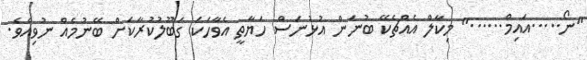
"ނޯ.....އައިމް......" މިކާލް އެއްޗެކޭ ބުނަން އުޅުނަސް ހަޔާތީ އެވާހަކަ ގަބޫލުކުރާކަށް ބޭނުމެއް ނުވިއެވެ.